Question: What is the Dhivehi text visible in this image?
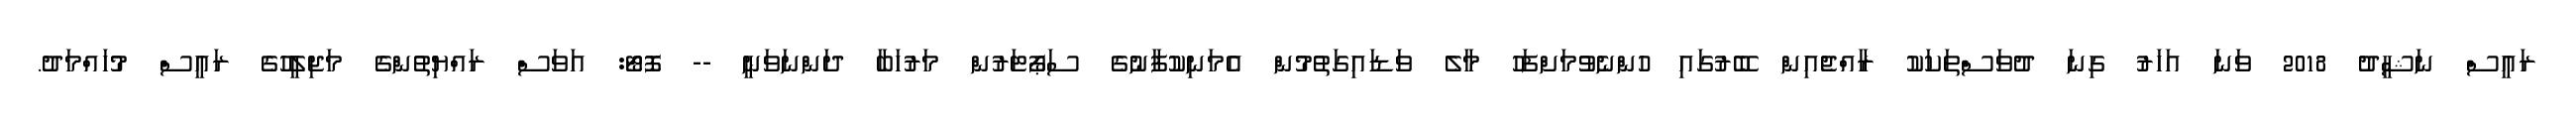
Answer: ރައީސް ނަޝީދު 2018 ވަނަ އަހަރު ގިނަ ދުވަސްތަކަކު ރާއްޖެއިން ބޭރުގައި ހުންނެވުމަށްފަހު މާލެ ވަޑައިގަތުމުން އެމަނިކުފާނުގެ ސަޕޯޓަރުން މަރުހަބާ ދަންނަވަނީ -- ފޮޓޯ: އަވަސް ރައްޔިތުންގެ މަޖިލީހުގެ ރައީސް މުހައްމަދު.